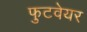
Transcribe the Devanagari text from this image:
फुटवेयर